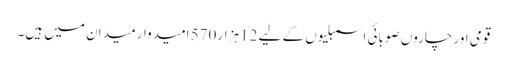
قومی اور چاروں صوبائی اسمبلیوں کے لیے 12 ہزار 570 امیدوار میدان میں ہیں۔